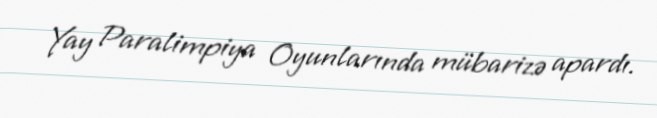
Yay Paralimpiya Oyunlarında mübarizə apardı.